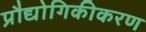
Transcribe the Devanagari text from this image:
प्रौद्योगिकीकरण